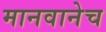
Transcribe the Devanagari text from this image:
मानवानेच